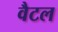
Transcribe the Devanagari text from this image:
वैटल